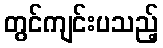
တွင်ကျင်းပသည့်